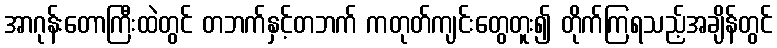
အာဂုန်းတောကြီးထဲတွင် တဘက်နှင့်တဘက် ကတုတ်ကျင်းတွေတူး၍ တိုက်ကြရသည့်အချိန်တွင်